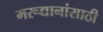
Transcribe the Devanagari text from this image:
मरूद्यानांसाठी